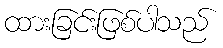
ထားခြင်းဖြစ်ပါသည်